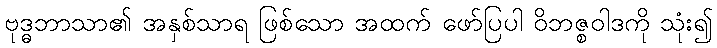
ဗုဒ္ဓဘာသာ၏ အနှစ်သာရ ဖြစ်သော အထက် ဖော်ပြပါ ဝိဘဇ္စဝါဒကို သုံး၍